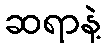
ဆရာနဲ့